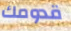
قدومك